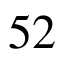
5 2